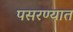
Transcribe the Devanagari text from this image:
पसरण्यात